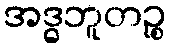
အဒ္ဓဘူတဉ္စ